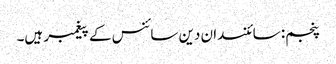
پنجم: سائنسدان دین سائنس کے پیغمبر ہیں۔